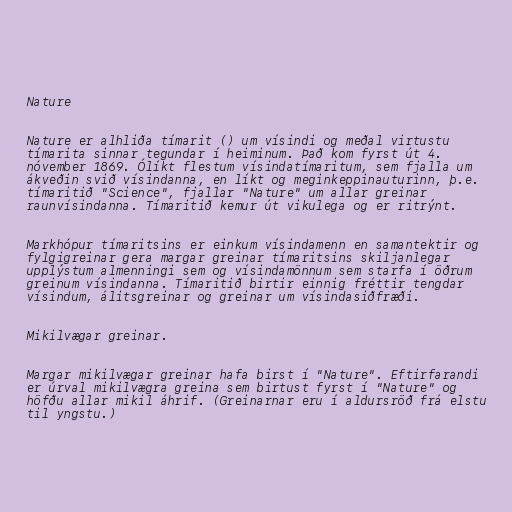
Nature

Nature er alhliða tímarit () um vísindi og meðal virtustu
tímarita sinnar tegundar í heiminum. Það kom fyrst út 4.
nóvember 1869. Ólíkt flestum vísindatímaritum, sem fjalla um
ákveðin svið vísindanna, en líkt og meginkeppinauturinn, þ.e.
tímaritið "Science", fjallar "Nature" um allar greinar
raunvísindanna. Tímaritið kemur út vikulega og er ritrýnt.

Markhópur tímaritsins er einkum vísindamenn en samantektir og
fylgigreinar gera margar greinar tímaritsins skiljanlegar
upplýstum almenningi sem og vísindamönnum sem starfa í öðrum
greinum vísindanna. Tímaritið birtir einnig fréttir tengdar
vísindum, álitsgreinar og greinar um vísindasiðfræði.

Mikilvægar greinar.

Margar mikilvægar greinar hafa birst í "Nature". Eftirfarandi
er úrval mikilvægra greina sem birtust fyrst í "Nature" og
höfðu allar mikil áhrif. (Greinarnar eru í aldursröð frá elstu
til yngstu.)